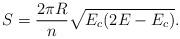
LaTeX: \begin{align*}S=\frac{2\pi R}{n}\sqrt{E_c(2E-E_c)}.\end{align*}